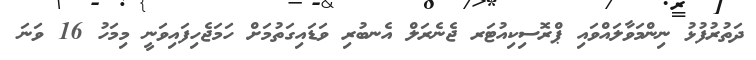
ދަތުރުފުޅު ނިންމަވާލައްވައި ޕްރޮސިކިއުޓަރ ޖެނެރަލް އެނބުރި ވަޑައިގަތުމަށް ހަމަޖެހިފައިވަނީ މިމަހު 16 ވަނަ